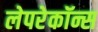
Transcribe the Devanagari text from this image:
लेपरेकॉन्स